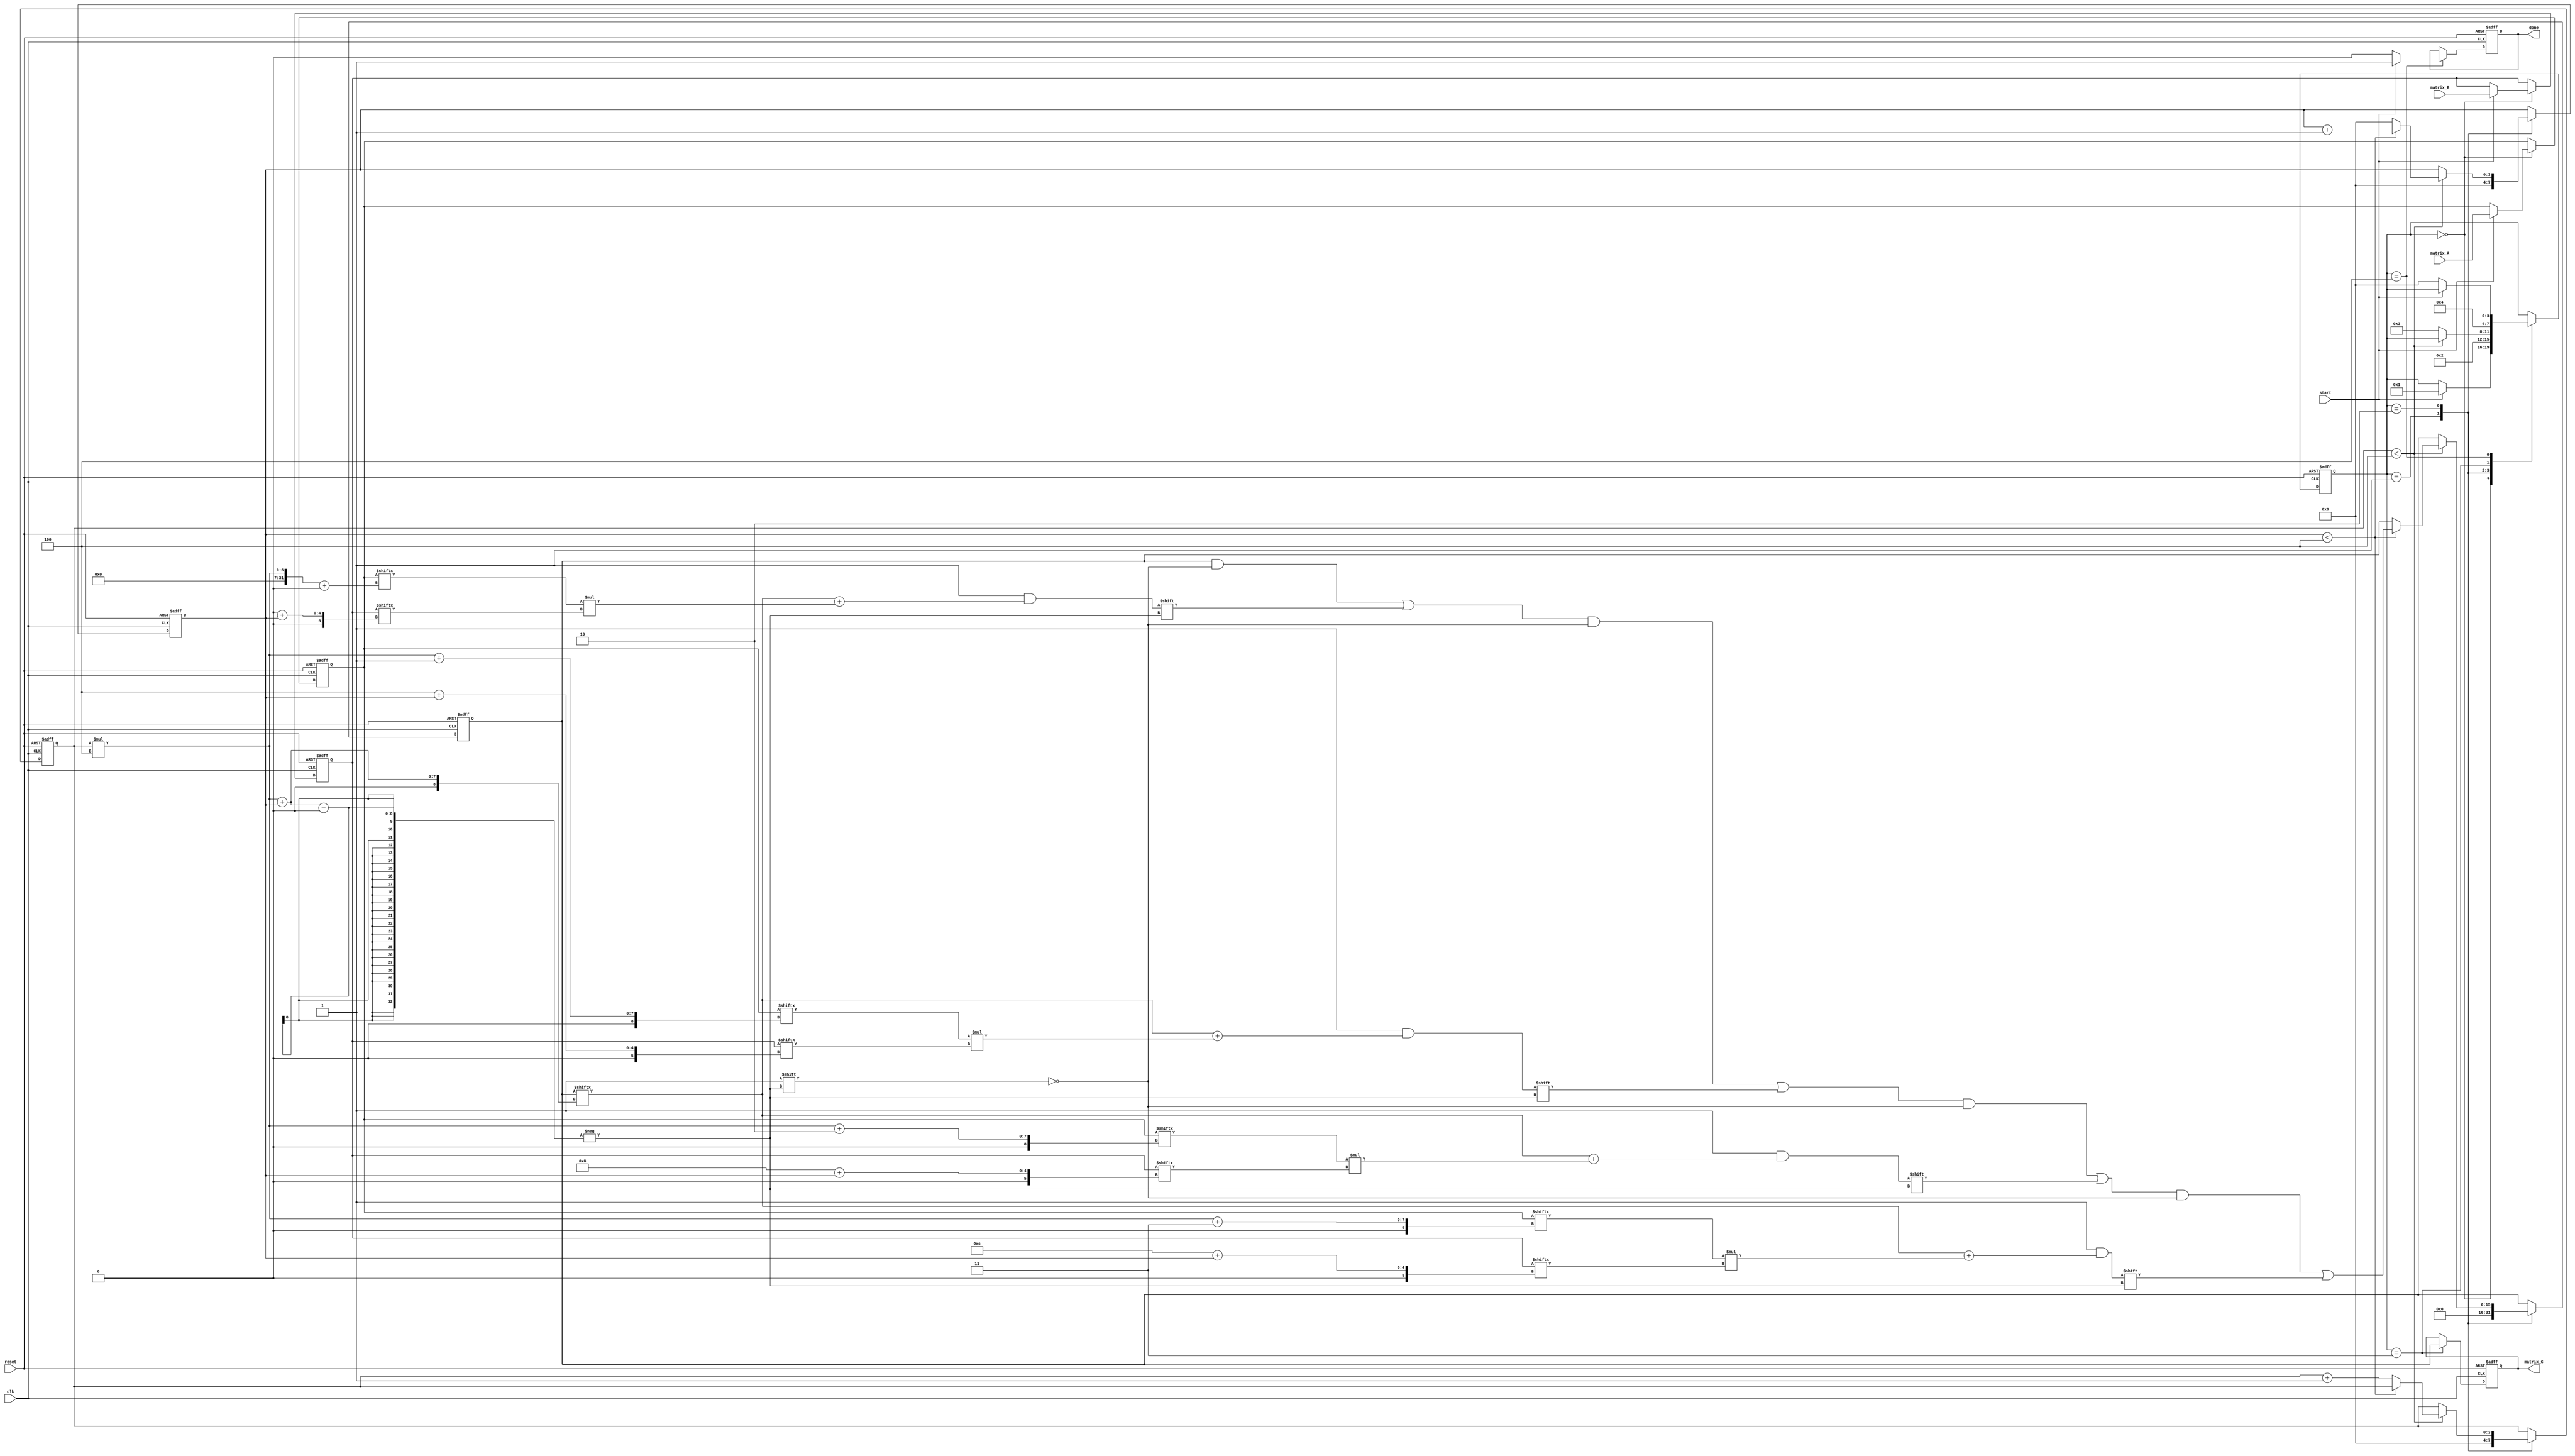
module stencil_multiplier #(
    parameter M = 4, // Rows in matrix A
    parameter K = 4, // Columns in matrix A / Rows in matrix B
    parameter N = 4  // Columns in matrix B
)(
    input wire clk,
    input wire reset,
    input wire start,
    input wire [M*K-1:0] matrix_A, // Flattened input matrix A
    input wire [K*N-1:0] matrix_B, // Flattened input matrix B
    output reg [M*N-1:0] matrix_C,  // Flattened output matrix C
    output reg done
);

    // Internal signals
    reg [M*K-1:0] A_buffer;
    reg [K*N-1:0] B_buffer;
    reg [M*N-1:0] C_buffer;
    reg [3:0] state;
    reg [3:0] i, j, k;

    // State encoding
    localparam IDLE = 0, LOAD = 1, PROCESS = 2, STORE = 3, DONE = 4;

    // Sequential logic for state machine
    always @(posedge clk or posedge reset) begin
        if (reset) begin
            state <= IDLE;
            matrix_C <= 0;
            done <= 0;
            A_buffer <= 0;
            B_buffer <= 0;
            C_buffer <= 0;
            i <= 0;
            j <= 0;
            k <= 0;
        end else begin
            case (state)
                IDLE: begin
                    if (start) begin
                        A_buffer <= matrix_A;
                        B_buffer <= matrix_B;
                        state <= LOAD;
                    end
                end

                LOAD: begin
                    // Initialize output buffer
                    C_buffer <= 0;
                    i <= 0;
                    j <= 0;
                    k <= 0;
                    state <= PROCESS;
                end

                PROCESS: begin
                    if (i < M) begin
                        if (j < N) begin
                            // Perform multiplication and accumulation
                            for (k = 0; k < K; k = k + 1) begin
                                C_buffer[i*N + j] <= C_buffer[i*N + j] + 
                                    A_buffer[i*K + k] * B_buffer[k*N + j];
                            end
                            j <= j + 1;
                        end else begin
                            j <= 0;
                            i <= i + 1;
                        end
                    end else begin
                        state <= STORE;
                    end
                end

                STORE: begin
                    matrix_C <= C_buffer; // Store the result
                    state <= DONE;
                end

                DONE: begin
                    done <= 1; // Indicate completion
                    if (!start) begin
                        done <= 0; // Reset done signal
                        state <= IDLE; // Go back to idle state
                    end
                end
            endcase
        end
    end
endmodule